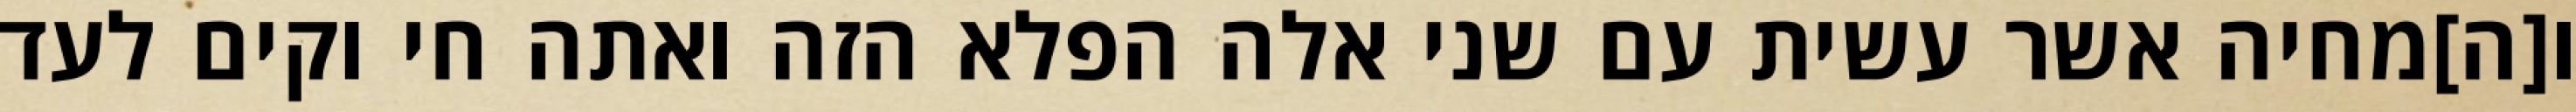
ו[ה]מחיה אשר עשית עם שני אלה הפלא הזה ואתה חי וקים לעד